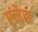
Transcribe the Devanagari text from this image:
एमेस